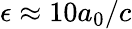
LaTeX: \epsilon\approx 10a_{0}/c